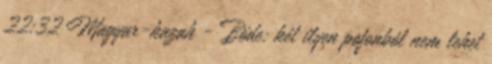
22:32 Magyar-kazah - Böde: két ilyen pofonból nem lehet